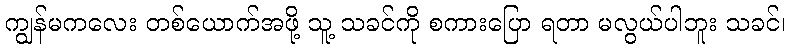
ကျွန်မကလေး တစ်ယောက်အဖို့ သူ့ သခင်ကို စကားပြော ရတာ မလွယ်ပါဘူး သခင်၊